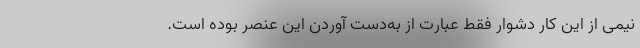
نیمی از این کار دشوار فقط عبارت از به‌‌دست آوردن این عنصر بوده است.